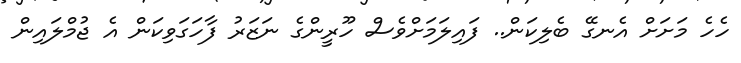
ހެހެ މަށަށް އެނގޭ ބެލިކަން.. ފައިލަމަށްވެސް ހޫރީންގެ ނަޒަރު ފާހަގަވިކަން އެ ޖުމްލައިން